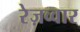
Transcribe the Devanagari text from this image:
रेज़व्वार